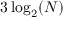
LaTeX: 3 \log _ { 2 } ( N )